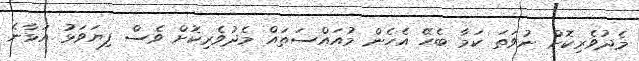
މެދުވެރިކޮށް ނުވަތަ ކަމާ ބެހޭ އެހެން މުއައްސަތައް މެދުވެރިކޮށް ވެސް ފިޔަވަޅު އަޅާނެ